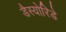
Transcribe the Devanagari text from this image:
डैस्योरिडे